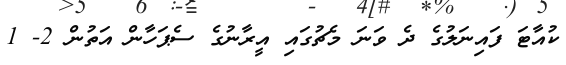
ކުއާޓަ ފައިނަލުގެ ދެ ވަނަ މެޗުގައި އީރާނުގެ ސެޕަހާން އަތުން 2- 1